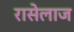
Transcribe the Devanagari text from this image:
रासेलाज